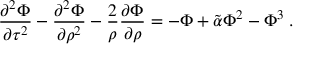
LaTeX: { \frac { \partial ^ { 2 } \Phi } { \partial \tau ^ { 2 } } } - { \frac { \partial ^ { 2 } \Phi } { \partial \rho ^ { 2 } } } - { \frac { 2 } { \rho } } { \frac { \partial \Phi } { \partial \rho } } = - \Phi + \tilde { \alpha } \Phi ^ { 2 } - \Phi ^ { 3 } \; .